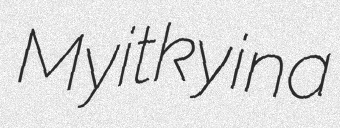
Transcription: Myitkyina